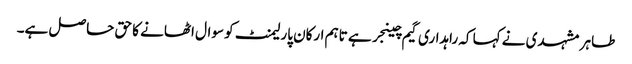
طاہر مشہدی نے کہا کہ راہداری گیم چینجر ہے تاہم ارکان پارلیمنٹ کو سوال اٹھانے کا حق حاصل ہے۔